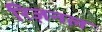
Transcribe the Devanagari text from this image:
रिज़नल